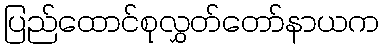
ပြည်ထောင်စုလွှတ်တော်နာယက